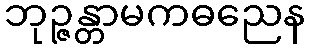
ဘုဉ္ဇန္တာမကဓညေန